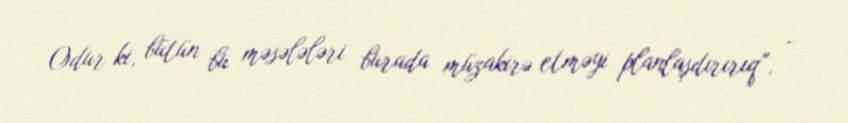
Odur ki, bütün bu məsələləri burada müzakirə etməyi planlaşdırırıq”, -